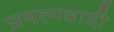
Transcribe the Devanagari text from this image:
प्रयत्नवादी